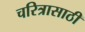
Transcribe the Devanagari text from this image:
चरित्रासाठी